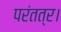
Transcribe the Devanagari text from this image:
परंतत्र।